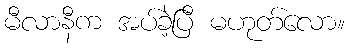
မီလာနီက အပ်ခဲ့ပြီ မဟုတ်လော။